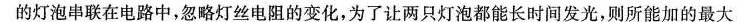
的灯泡串联在电路中，忽略灯丝电阻的变化，为了让两只灯泡都能长时间发光，则所能加的最大